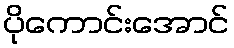
ပိုကောင်းအောင်